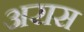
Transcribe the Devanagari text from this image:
अरास